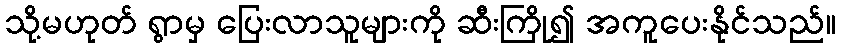
သို့မဟုတ် ရွာမှ ပြေးလာသူများကို ဆီးကြို၍ အကူပေးနိုင်သည်။